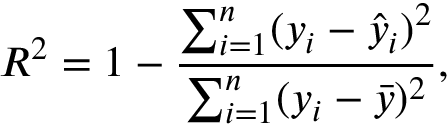
R ^ { 2 } = 1 - \frac { \sum _ { i = 1 } ^ { n } ( y _ { i } - \hat { y } _ { i } ) ^ { 2 } } { \sum _ { i = 1 } ^ { n } ( y _ { i } - \bar { y } ) ^ { 2 } } ,